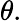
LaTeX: \theta.